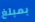
بمبلغ